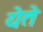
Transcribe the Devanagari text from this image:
येेते